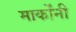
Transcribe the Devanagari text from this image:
मार्कोंनी